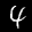
Label: 4